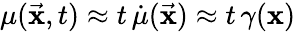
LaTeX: \mu(\vec{\mathbf x},t)\approx t\, \dot{\mu}(\vec{\mathbf x})\approx t\, \gamma({\mathbf x})